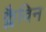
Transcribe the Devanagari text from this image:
क्लैविन